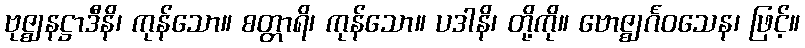
ဗုဇ္ဈနဋ္ဌာဒီနိ၊ ကုန်သော။ စတ္တာရိ၊ ကုန်သော။ ပဒါနိ၊ တို့ကို။ ဗောဇ္ဈင်္ဂဝသေန၊ ဖြင့်။